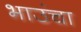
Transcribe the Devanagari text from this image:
भाउंचा